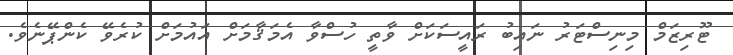
ޓޫރިޒަމް މިނިސްޓަރު ނައިބު ރައީސަކަށް ވާތީ ހުސްވާ އެމަޤާމަށް އައުމަށް ކުރެވޭ ކެންޕޭނެވެ.